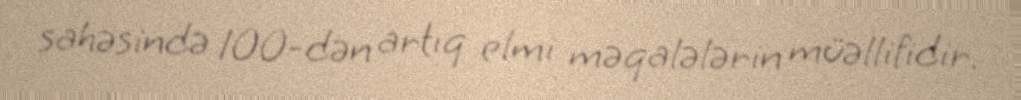
sahəsində 100-dən artıq elmi məqalələrin müəllifidir.